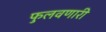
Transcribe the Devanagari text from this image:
फुलवणारी